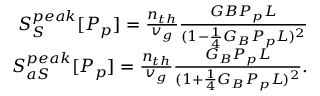
\begin{array} { r l r } & { } & { S _ { S } ^ { p e a k } [ P _ { p } ] = \frac { n _ { t h } } { v _ { g } } \frac { G B P _ { p } L } { ( 1 - \frac { 1 } { 4 } G _ { B } P _ { p } L ) ^ { 2 } } } \\ & { } & { S _ { a S } ^ { p e a k } [ P _ { p } ] = \frac { n _ { t h } } { v _ { g } } \frac { G _ { B } P _ { p } L } { ( 1 + \frac { 1 } { 4 } G _ { B } P _ { p } L ) ^ { 2 } } . } \end{array}